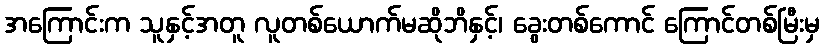
အကြောင်းက သူနှင့်အတူ လူတစ်ယောက်မဆိုဘိနှင့်၊ ခွေးတစ်ကောင် ကြောင်တစ်မြီးမှ